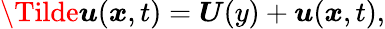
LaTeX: \boldsymbol{\Tilde{u}}(\boldsymbol{x},t)=\boldsymbol{U}(y)+\boldsymbol{u}(\boldsymbol{x},t),